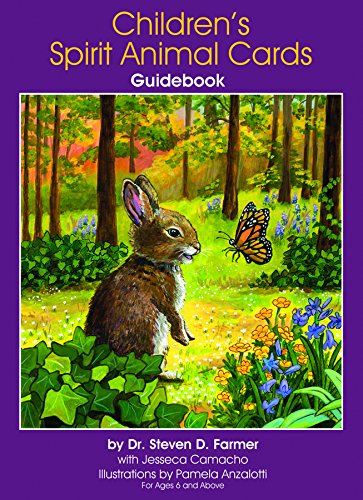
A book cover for CHILDREN'S SPIRIT ANIMAL CARDS (24 cards & guidebook); Steven D. Farmer; Religion & Spirituality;